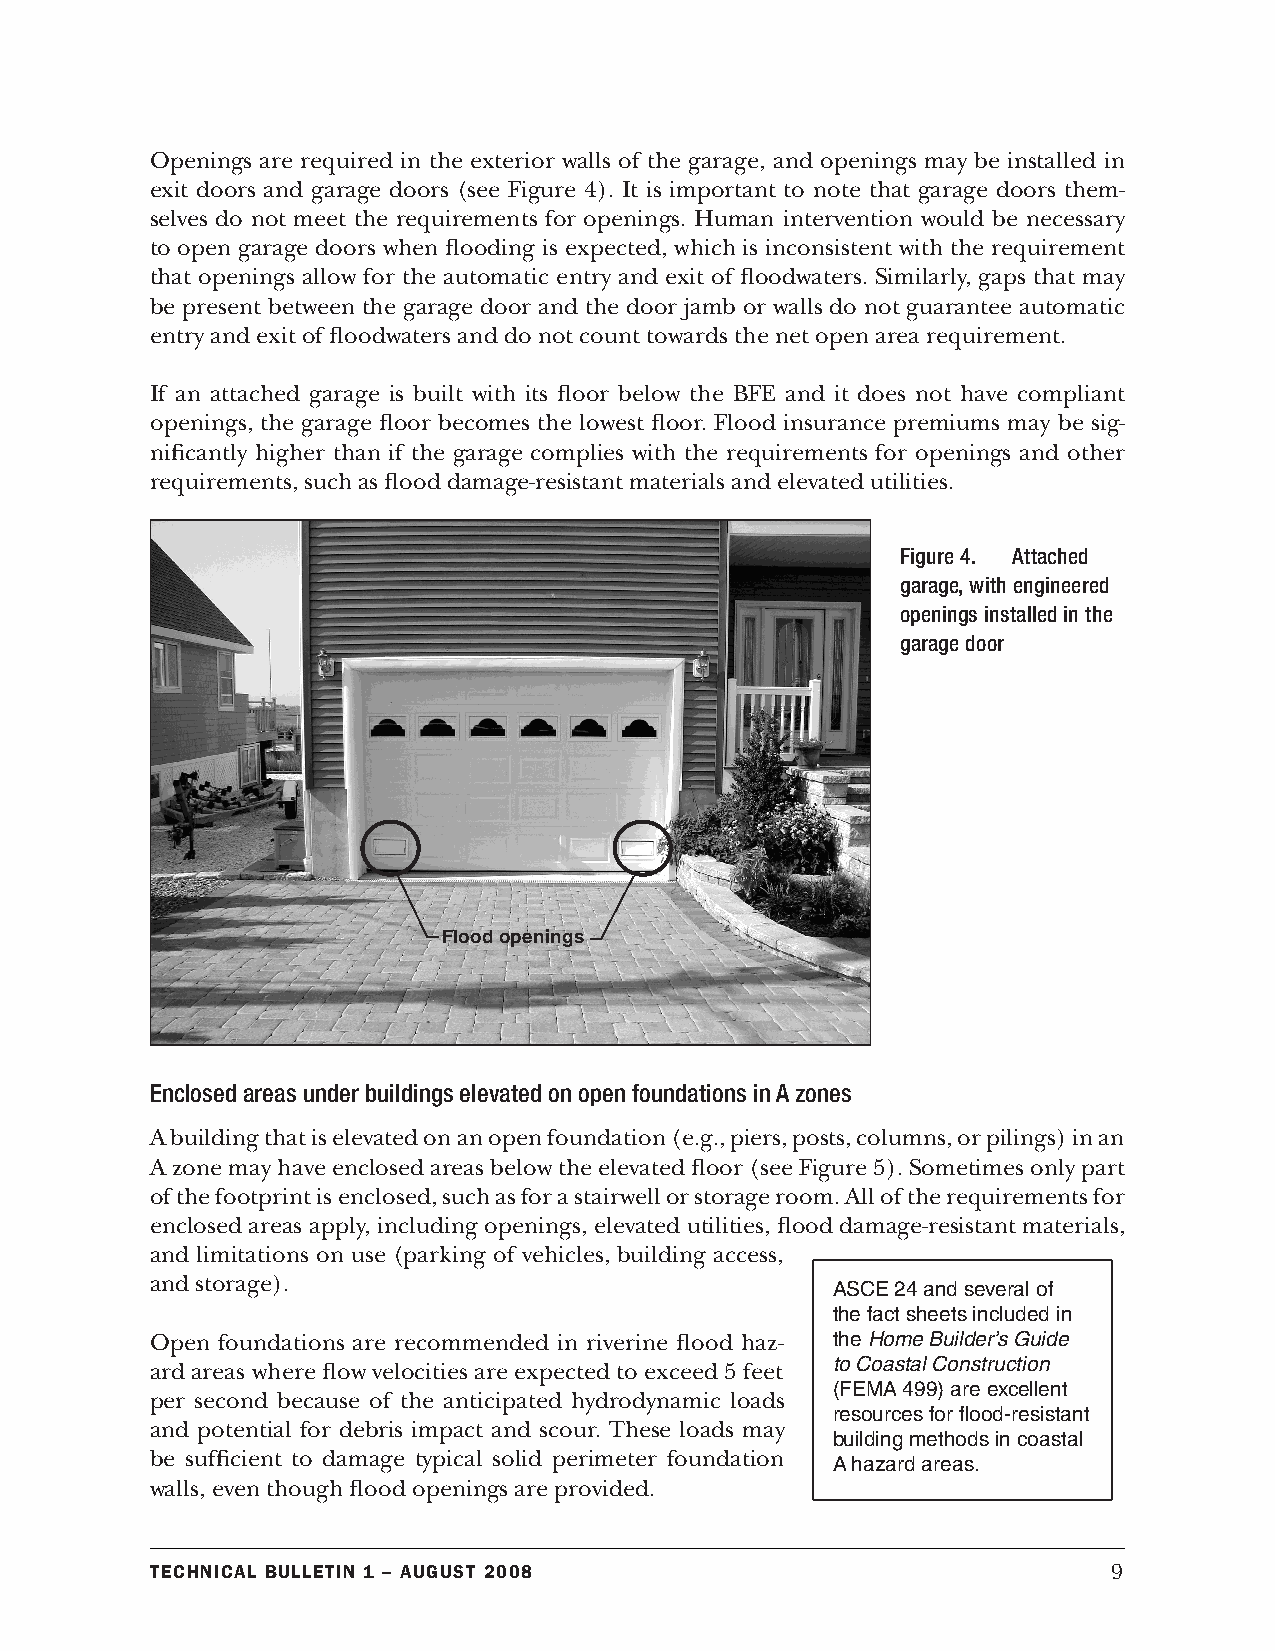
Openings are required in the exterior walls of the garage, and openings may be installed in
 exit doors and garage doors (see Figure 4). It is important to note that garage doors them-
 selves do not meet the requirements for openings. Human intervention would be necessary
 to open garage doors when flooding is expected, which is inconsistent with the requirement
 that openings allow for the automatic entry and exit of floodwaters. Similarly, gaps that may
 be present between the garage door and the door jamb or walls do not guarantee automatic
 entry and exit of floodwaters and do not count towards the net open area requirement.
 If an attached garage is built with its floor below the BFE and it does not have compliant
 openings, the garage floor becomes the lowest floor. Flood insurance premiums may be sig-
 nificantly higher than if the garage complies with the requirements for openings and other
 requirements, such as flood damage-resistant materials and elevated utilities.
 Figure 4. Attached
 garage, with engineered
 openings installed in the
 garage door
 Flood openings
 Enclosed areas under buildings elevated on open foundations in A zones
 A building that is elevated on an open foundation (e.g., piers, posts, columns, or pilings) in an
 A zone may have enclosed areas below the elevated floor (see Figure 5). Sometimes only part
 of the footprint is enclosed, such as for a stairwell or storage room. All of the requirements for
 enclosed areas apply, including openings, elevated utilities, flood damage-resistant materials,
 and limitations on use (parking of vehicles, building access,
 and storage).                                ASCE 24 and several of
 the fact sheets included in
 Open foundations are recommended in riverine flood haz- the Home Builder’s Guide
 to Coastal Construction
 ard areas where flow velocities are expected to exceed 5 feet
 (FEMA 499) are excellent
 per second because of the anticipated hydrodynamic loads
 resources for flood-resistant
 and potential for debris impact and scour. These loads may
 building methods in coastal
 be sufficient to damage typical solid perimeter foundation A hazard areas.
 walls, even though flood openings are provided.
 Technical BulleTin 1 – augusT 2008                              9